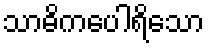
သာဓိကပေါရိသော